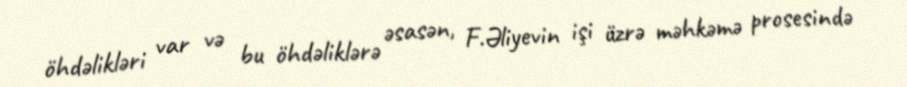
öhdəlikləri var və bu öhdəliklərə əsasən, F.Əliyevin işi üzrə məhkəmə prosesində